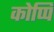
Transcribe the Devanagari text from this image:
कोप्पि